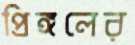
প্রিঙ্গলের